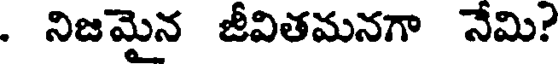
. నిజమైన జీవితమనగా నేమి?